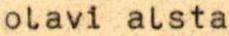
olavi alsta